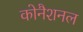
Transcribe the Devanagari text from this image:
कोनैशनल